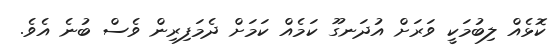
ކޮޅެއް ލިބުމަކީ ވަރަށް އުދަނގޫ ކަމެއް ކަމަށް ދެމަފިރިން ވެސް ބުނެ އެވެ.